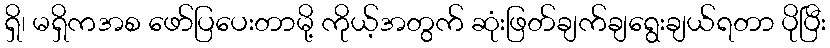
ရှိ၊ မရှိကအစ ဖော်ပြပေးတာမို့ ကိုယ့်အတွက် ဆုံးဖြတ်ချက်ချရွေးချယ်ရတာ ပိုပြီး